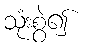
သုံးစွဲ၍